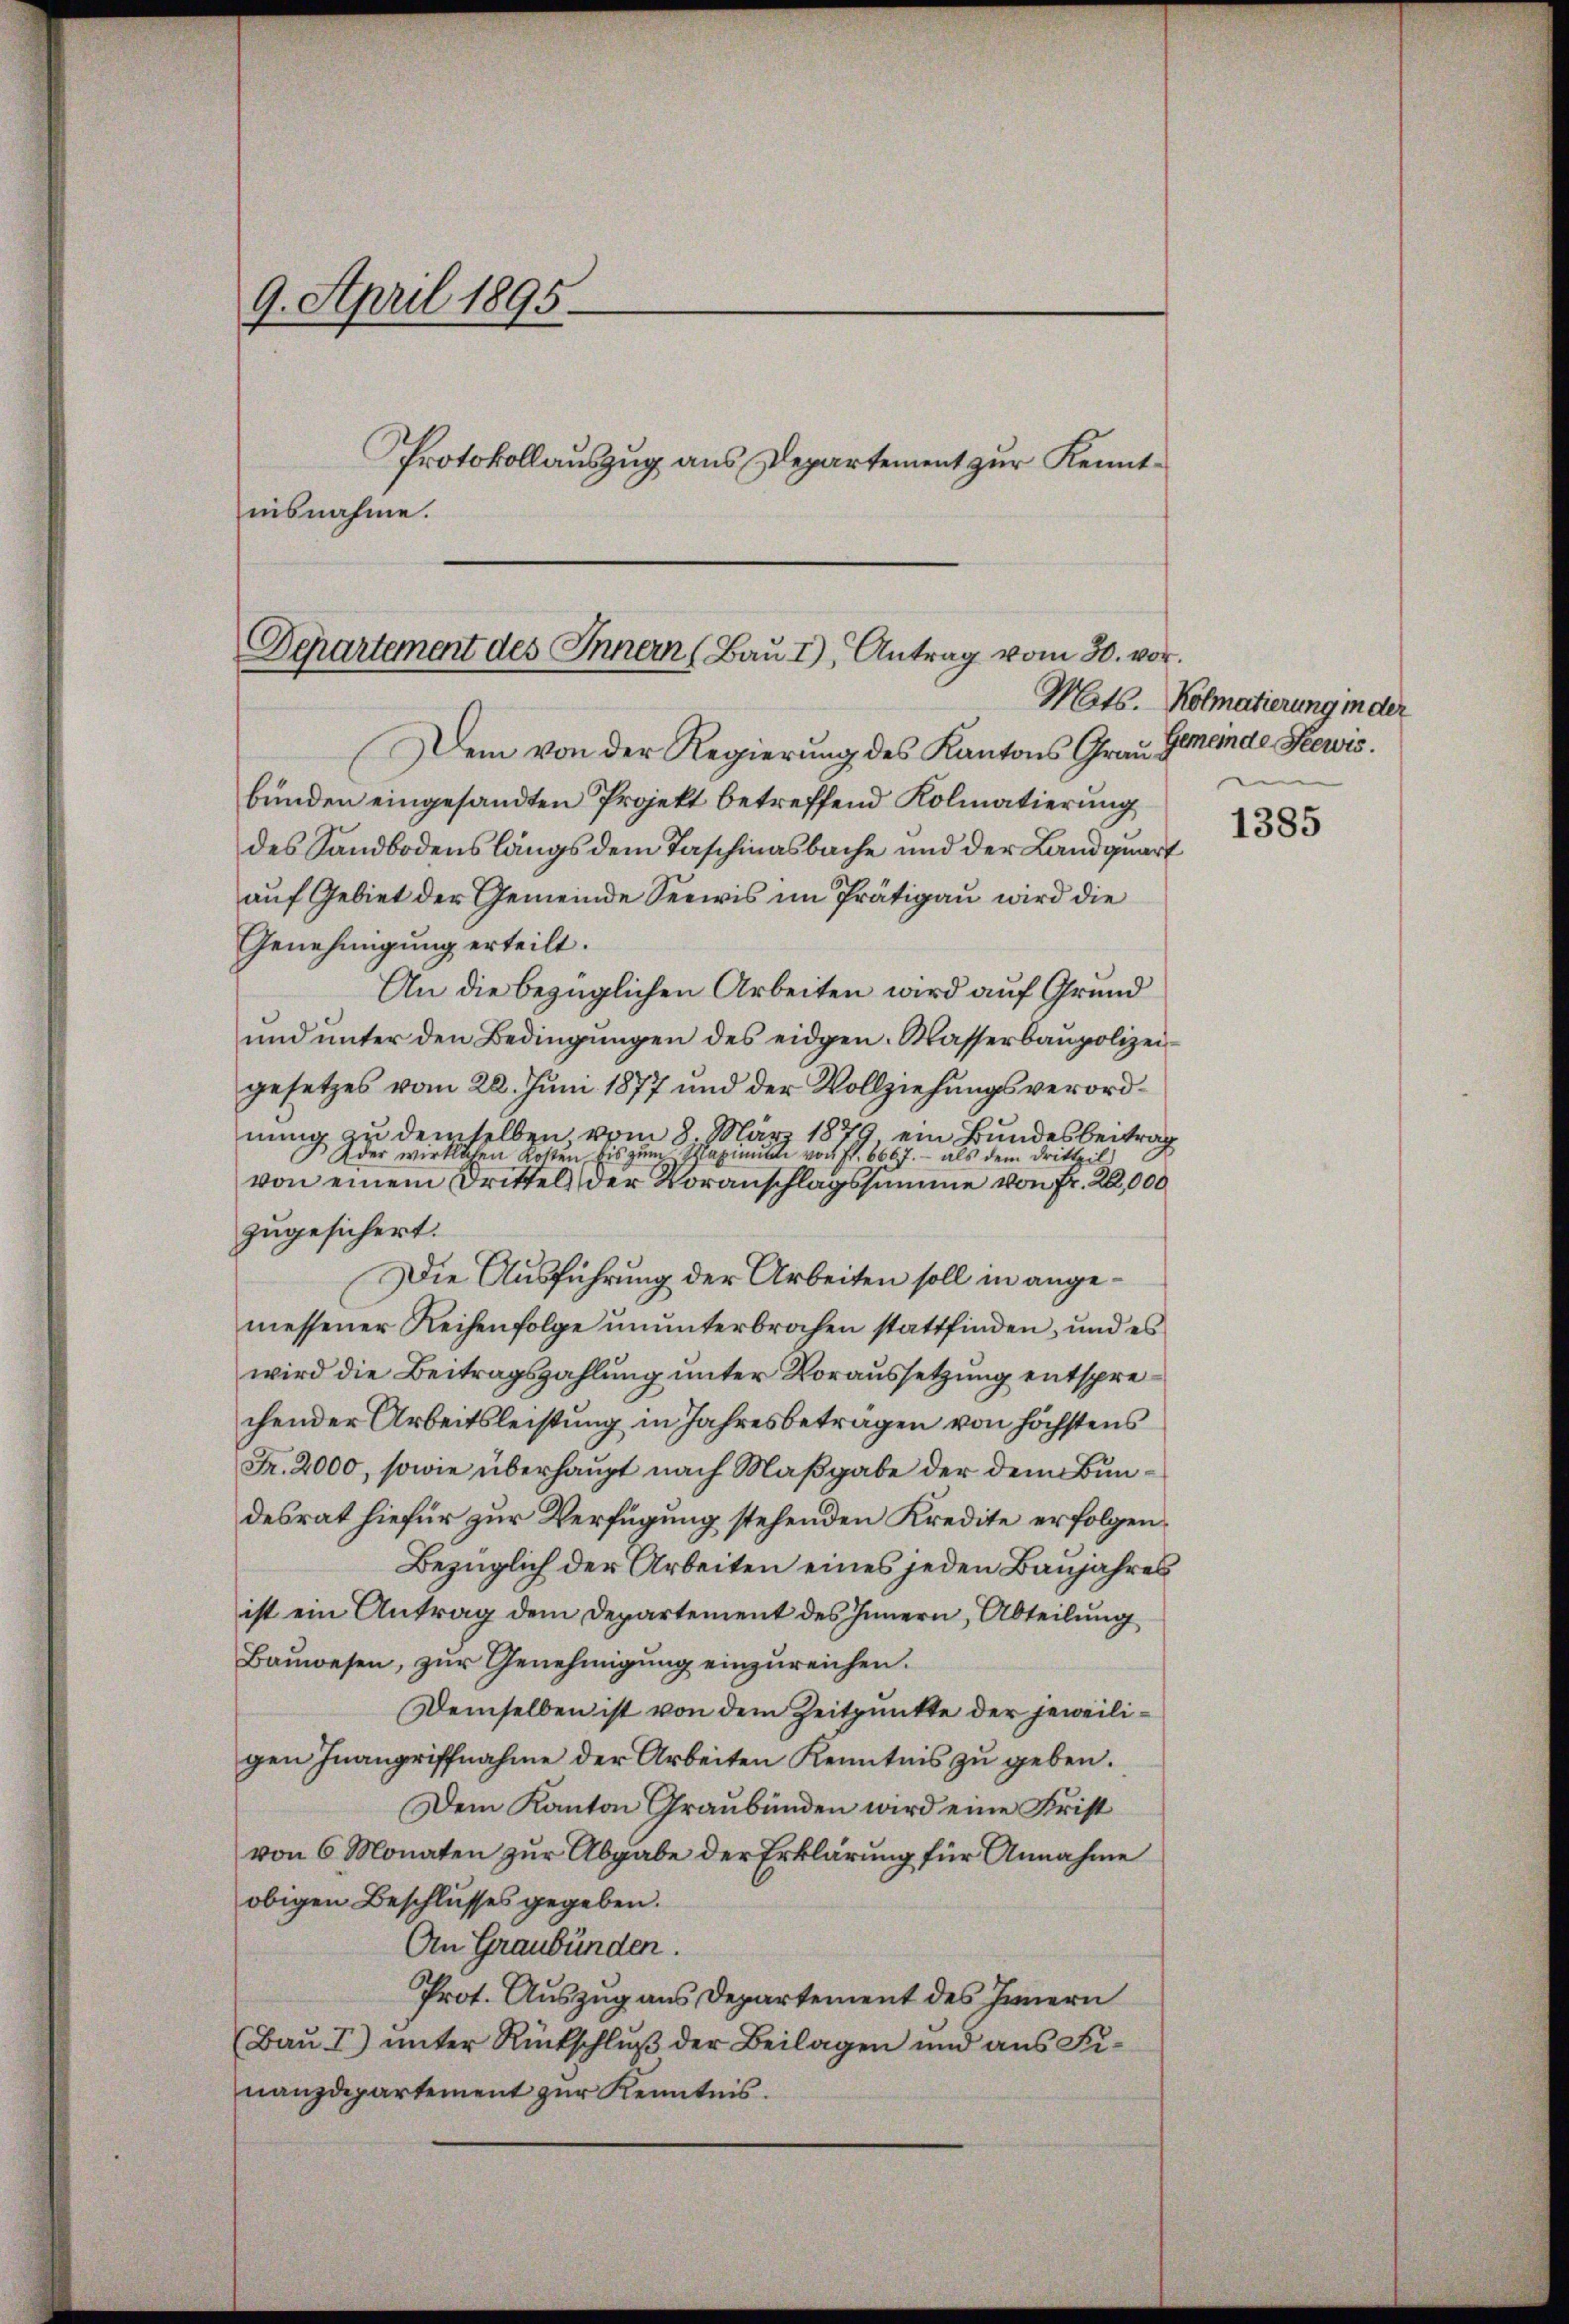
9. April 1895.
Protokollauszug aus Departement zur Kenntisnahme.

Departement des Innern (Bau I), Antrag vom 30. vor.

Dem von der Regierung des Kantons Graubunden eingesandten Projekt betreffend Kolmatierung
des Sandbodenslängs dem Taschinasbache und der Landquart
auf Gebiet der Gemeinde Seewis im Prätigau wird die
Genehmigung erteilt.
An die bezüglichen Arbeiten wird auf Grund
ŭnd ŭnter den Bedingŭngen des eidgen. Wasserbaupolizei-
gesetzes vom 28. Juni 1877 und der Vollziehungsverordnung zu demselben vom 8. März 1879 ein Bundesbeitrag
Ader wirklichen Kosten bis zum Maximitte von fl. 6667. - als dem Drittpil
von einem Drittel der Voranschlagssumme von Fr. 20,000
zugesichert.
Die Ausführung der Arbeiten soll in angemessener Reihenfolge ununterbrochen stattfinden, und es
wird die Beitragszahlung unter Voraussetzung entsprechender Arbeitsleistung in Jahresbeträgen von höchstens
Fr. 2000, sowie überhaupt nach Maßgabe der dem Bundesrat hiefür zur Verfügung stehenden Kredite erfolgen,
Bezüglich der Arbeiten eines jeden Baŭjahres
ist ein Antrag dem Departement des Innern, Abteilung
Baŭwesen, zŭr Genehmigŭng einzŭreichen.
Demselben ist von dem Zeitpunkte der jeweiligen Inangriffnahme der Arbeiten Kenntnis zu geben.
Dem Kanton Graubünden wird eine Frist
von 6 Monaten zur Abgabe der Erklärung für Annahme
obigen Beschlusses gegeben.
An Graubünden.
Prot. Auszug aus Departement des Innern
(Bau I) unter Rückschluß der Beilagen und aus Funanzdepartement zŭr Kenntnis.

Mats. Kolmatierung in der
Gemeinde Seewis.

1385